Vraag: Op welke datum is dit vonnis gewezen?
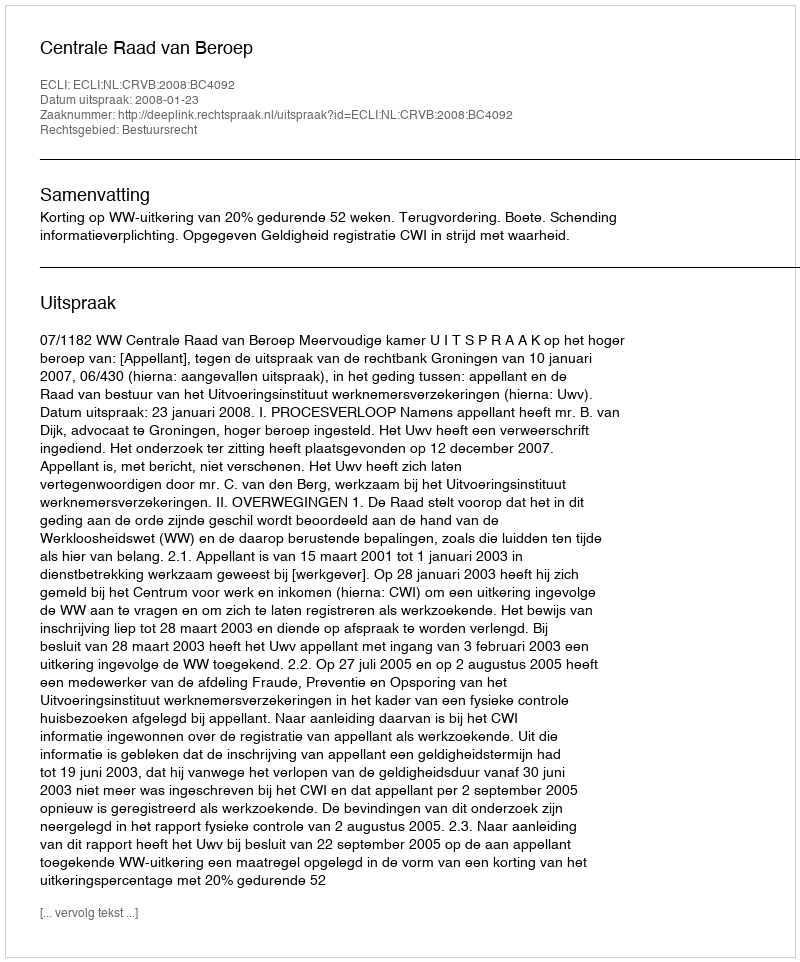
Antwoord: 2008-01-23